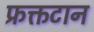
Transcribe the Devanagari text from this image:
फ्रक्तटान